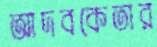
আদবকেতার